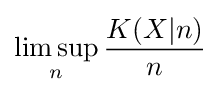
\limsup _{n}{\frac {K(X|n)}{n}}